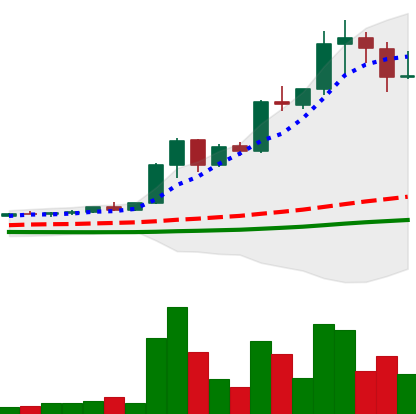
Ticker: XRP-USD
Chart end date: 2021-04-17
Forward return: -25.664%
Label: down_7plus